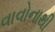
વાવોનાથી